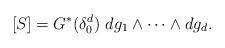
LaTeX: \begin{align*}[S]=G^*(\delta_0^d)\ dg_1\wedge \dots \wedge dg_d. \end{align*}